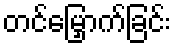
တင်မြှောက်ခြင်း